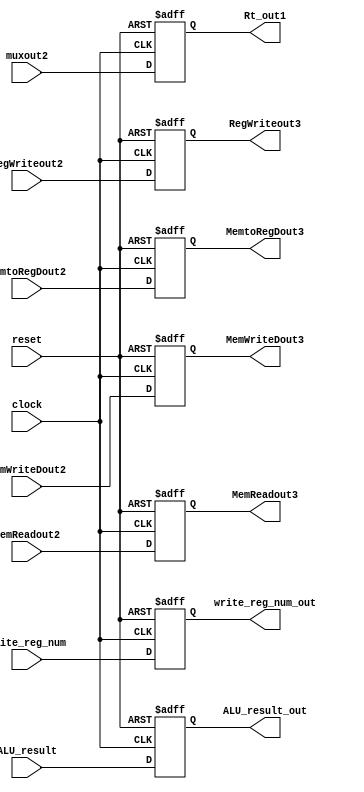
`timescale 1ns / 1ps
//////////////////////////////////////////////////////////////////////////////////
// Company: 
// Engineer: 
// 
// Design Name: 
// Module Name: EX_MEM
// Project Name: 
// Target Devices: 
// Tool Versions: 
// Description: 
// 
// Dependencies: 
// 
// Revision:
// Revision 0.01 - File Created
// Additional Comments:
// 
//////////////////////////////////////////////////////////////////////////////////







module EX_MEM(
  
    input clock,
    input reset,
    input [4:0] write_reg_num, // store
    input [31:0] ALU_result, // store
    input [31:0] muxout2,  // store

   input MemWriteDout2,
   input RegWriteout2,
   input MemReadout2,
   input MemtoRegDout2,


   output [31:0] ALU_result_out,
   output [31:0] Rt_out1,
   output  RegWriteout3,
   output  MemWriteDout3,
   output  MemReadout3,
   output  MemtoRegDout3,
   output [4:0] write_reg_num_out


   
 
    );

reg [4:0] storewrite_reg_num;
reg [31:0] storeALU_result;
reg [31:0] storemuxout2;
reg a,c,h,b ;

assign ALU_result_out = storeALU_result;
assign Rt_out1 = storemuxout2;
assign write_reg_num_out = storewrite_reg_num;

assign RegWriteout3 = a;
assign MemWriteDout3 = c;
assign MemReadout3 = h;
assign MemtoRegDout3 = b;



always @(posedge clock, negedge reset)
begin
if(reset == 0)
begin   
   
   storemuxout2 = 32'b0;
   storewrite_reg_num = 5'b0;
   storeALU_result = 32'b0;
   a = 1'b0;
   c = 1'b0;
   h = 1'b0;
   b = 1'b0;
end
else 
begin

storemuxout2 = muxout2;
storewrite_reg_num = write_reg_num;
storeALU_result = ALU_result;
a = RegWriteout2;
c= MemWriteDout2;
h = MemReadout2;
b = MemtoRegDout2;

end



end
endmodule